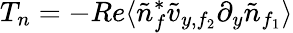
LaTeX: T_{n}=-Re\langle\tilde{n}_{f}^{*}\tilde{v}_{y,f_{2}}\partial_{y}\tilde{n}_{f_{1}}\rangle